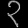
Digit: ၃